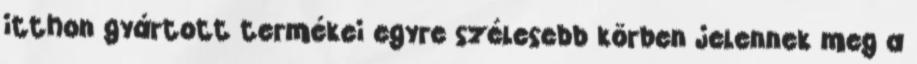
itthon gyártott termékei egyre szélesebb körben jelennek meg a